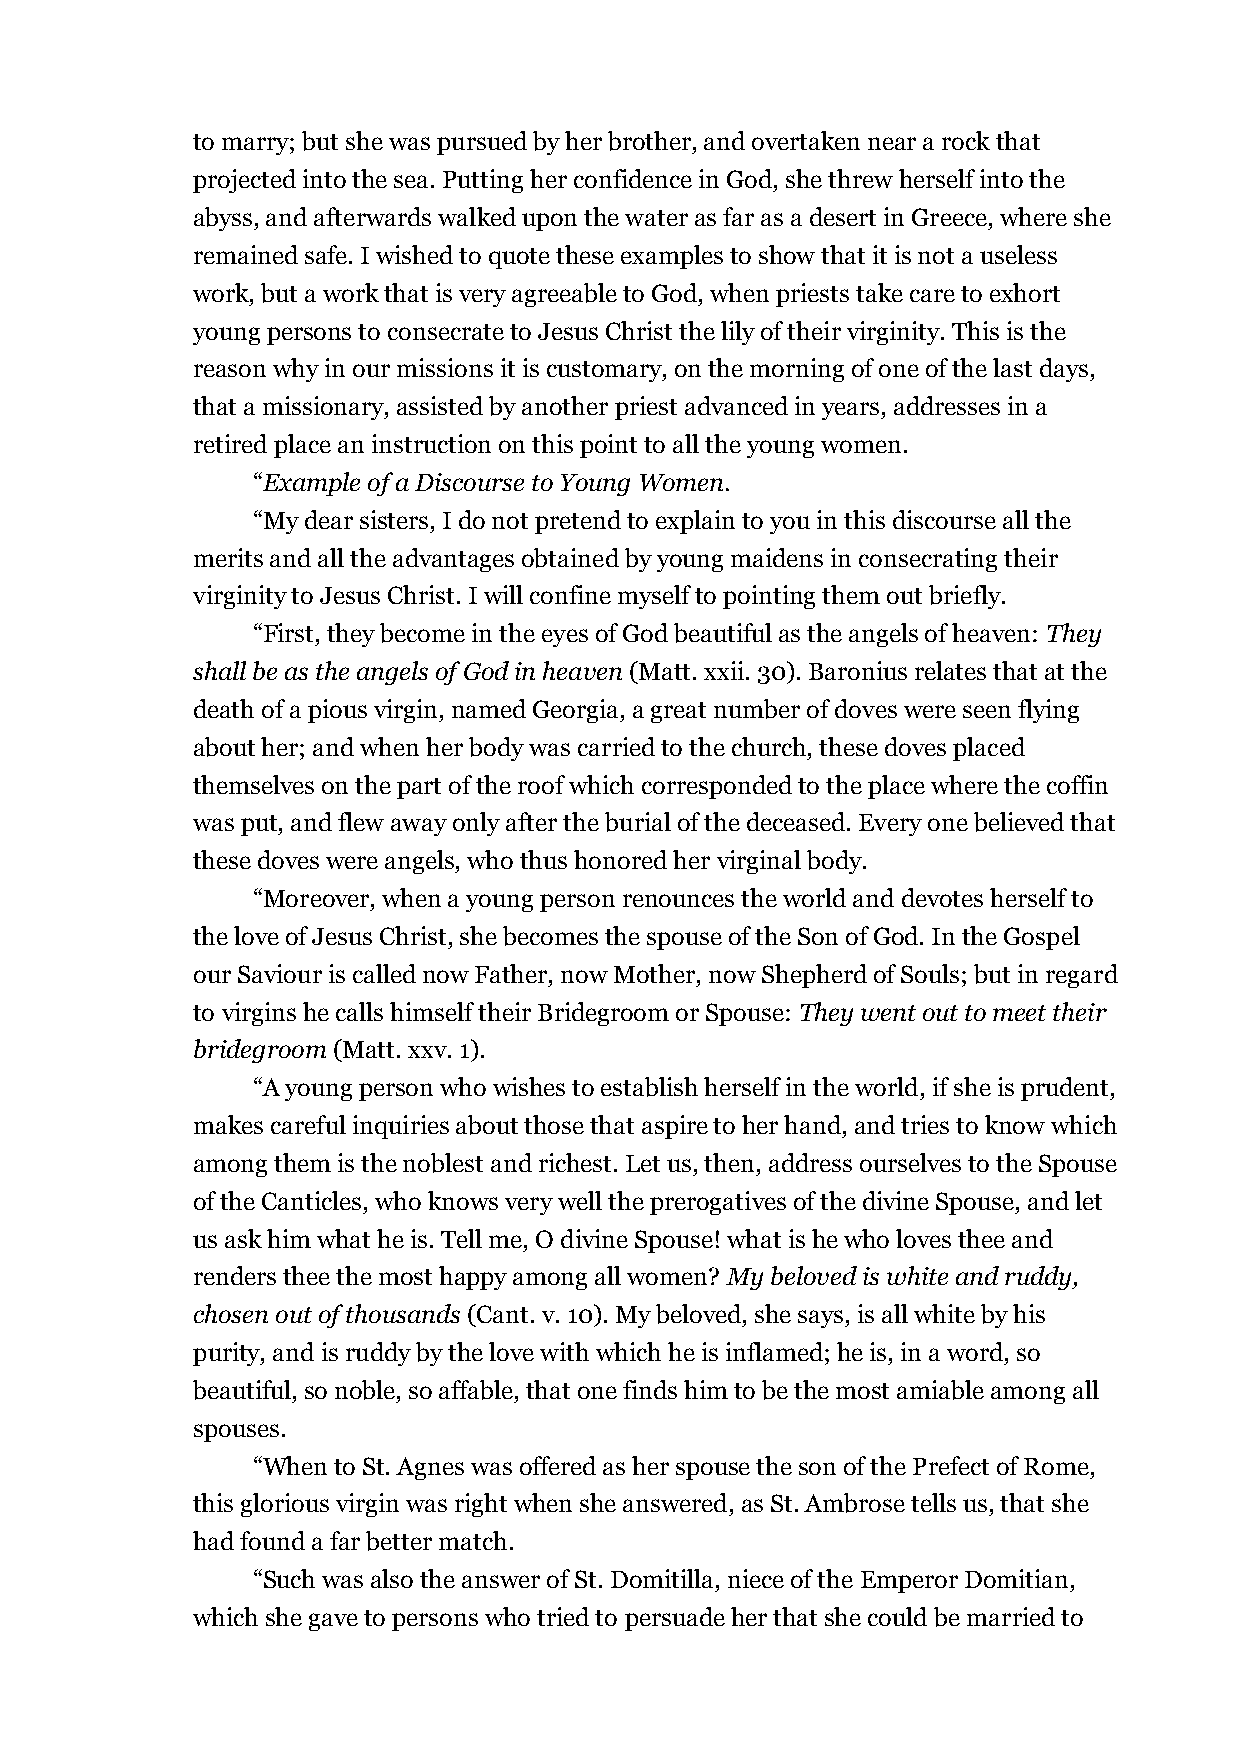
to marry; but she was pursued by her brother, and overtaken near a rock that
 projected into the sea. Putting her confidence in God, she threw herself into the
 abyss, and afterwards walked upon the water as far as a desert in Greece, where she
 remained safe. I wished to quote these examples to show that it is not a useless
 work, but a work that is very agreeable to God, when priests take care to exhort
 young persons to consecrate to Jesus Christ the lily of their virginity. This is the
 reason why in our missions it is customary, on the morning of one of the last days,
 that a missionary, assisted by another priest advanced in years, addresses in a
 retired place an instruction on this point to all the young women.
 “Example of a Discourse to Young Women.
 “My dear sisters, I do not pretend to explain to you in this discourse all the
 merits and all the advantages obtained by young maidens in consecrating their
 virginity to Jesus Christ. I will confine myself to pointing them out briefly.
 “First, they become in the eyes of God beautiful as the angels of heaven: They
 shall be as the angels of God in heaven (Matt. xxii. 30). Baronius relates that at the
 death of a pious virgin, named Georgia, a great number of doves were seen flying
 about her; and when her body was carried to the church, these doves placed
 themselves on the part of the roof which corresponded to the place where the coffin
 was put, and flew away only after the burial of the deceased. Every one believed that
 these doves were angels, who thus honored her virginal body.
 “Moreover, when a young person renounces the world and devotes herself to
 the love of Jesus Christ, she becomes the spouse of the Son of God. In the Gospel
 our Saviour is called now Father, now Mother, now Shepherd of Souls; but in regard
 to virgins he calls himself their Bridegroom or Spouse: They went out to meet their
 bridegroom (Matt. xxv. 1).
 “A young person who wishes to establish herself in the world, if she is prudent,
 makes careful inquiries about those that aspire to her hand, and tries to know which
 among them is the noblest and richest. Let us, then, address ourselves to the Spouse
 of the Canticles, who knows very well the prerogatives of the divine Spouse, and let
 us ask him what he is. Tell me, O divine Spouse! what is he who loves thee and
 renders thee the most happy among all women? My beloved is white and ruddy,
 chosen out of thousands (Cant. v. 10). My beloved, she says, is all white by his
 purity, and is ruddy by the love with which he is inflamed; he is, in a word, so
 beautiful, so noble, so affable, that one finds him to be the most amiable among all
 spouses.
 “When to St. Agnes was offered as her spouse the son of the Prefect of Rome,
 this glorious virgin was right when she answered, as St. Ambrose tells us, that she
 had found a far better match.
 “Such was also the answer of St. Domitilla, niece of the Emperor Domitian,
 which she gave to persons who tried to persuade her that she could be married to